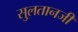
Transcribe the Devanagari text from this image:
सु्लतानजी